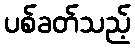
ပစ်ခတ်သည့်